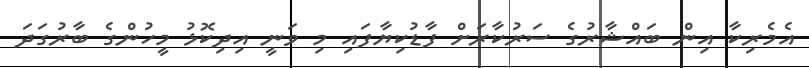
އެމެރިކާ އިން ބައްޝާރުގެ ސަރުކާރަށް ފާޑުކިޔާފައި މި ވަނީ އިދިކޮޅު މީހުންގެ ބާރުގަދަ